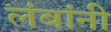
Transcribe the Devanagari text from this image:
लंबांनी